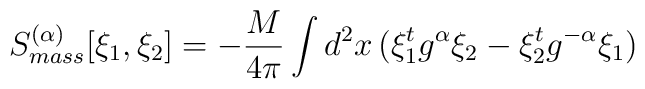
S_{mass}^{(\alpha )} [\xi_1,\xi_2] = - \frac{M}{4\pi} \int d^2x \, ( \xi_1^tg^\alpha \xi_2 - \xi_2^t g^{-\alpha } \xi_1)